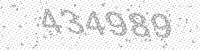
Solution: 434989